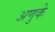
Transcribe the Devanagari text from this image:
अणुके